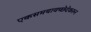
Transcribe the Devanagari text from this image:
एकसमयावच्छेदेकरुन